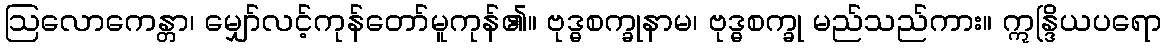
ဩလောကေန္တာ၊ မျှော်လင့်ကုန်တော်မူကုန်၏။ ဗုဒ္ဓစက္ခုနာမ၊ ဗုဒ္ဓစက္ခု မည်သည်ကား။ ဣန္ဒြိယပရော